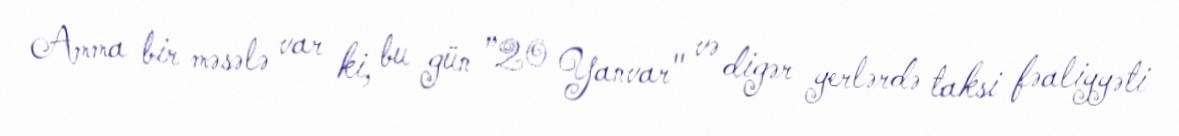
Amma bir məsələ var ki, bu gün ”20 Yanvar" və digər yerlərdə taksi fəaliyyəti